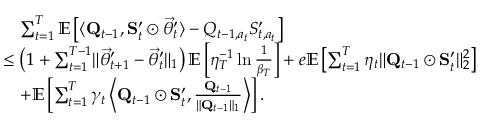
\begin{array} { r l } & { \quad \sum _ { t = 1 } ^ { T } \mathbb E \left[ \langle \mathbf Q _ { t - 1 } , \mathbf S _ { t } ^ { \prime } \odot \vec { \theta } _ { t } ^ { \prime } \rangle - Q _ { t - 1 , a _ { t } } S _ { t , a _ { t } } ^ { \prime } \right] } \\ & { \le \left( 1 + \sum _ { t = 1 } ^ { T - 1 } \lVert \vec { \theta } _ { t + 1 } ^ { \prime } - \vec { \theta } _ { t } ^ { \prime } \rVert _ { 1 } \right) \mathbb E \left[ \eta _ { T } ^ { - 1 } \ln \frac 1 { \beta _ { T } } \right] + e \mathbb E \left[ \sum _ { t = 1 } ^ { T } \eta _ { t } \lVert \mathbf Q _ { t - 1 } \odot \mathbf S _ { t } ^ { \prime } \rVert _ { 2 } ^ { 2 } \right] } \\ & { \quad + \mathbb E \left[ \sum _ { t = 1 } ^ { T } \gamma _ { t } \left\langle \mathbf Q _ { t - 1 } \odot \mathbf S _ { t } ^ { \prime } , \frac { \mathbf Q _ { t - 1 } } { \lVert \mathbf Q _ { t - 1 } \rVert _ { 1 } } \right\rangle \right] . } \end{array}